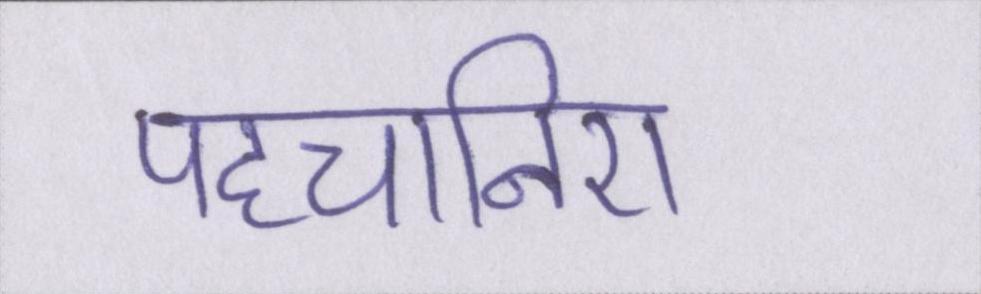
पहचानिए